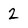
Character: 2